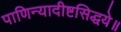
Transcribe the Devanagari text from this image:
पाणिन्यादीष्टसिद्धये॥